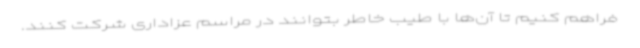
فراهم کنیم تا آن‌ها با طیب خاطر بتوانند در مراسم عزاداری شرکت کنند.